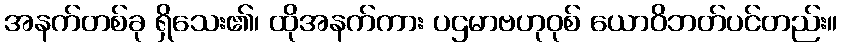
အနက်တစ်ခု ရှိသေး၏၊ ထိုအနက်ကား ပဌမာဗဟုဝုစ် ယောဝိဘတ်ပင်တည်း။